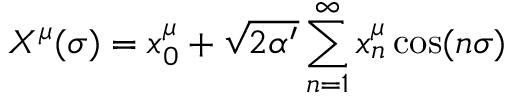
X ^ { \mu } ( \sigma ) = x _ { 0 } ^ { \mu } + \sqrt { 2 \alpha ^ { \prime } } \sum _ { n = 1 } ^ { \infty } { x _ { n } ^ { \mu } \cos ( n \sigma ) }